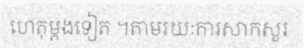
ហេតុម្តងទៀត ។តាមរយៈការសាកសួរ